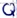
Text: Q